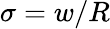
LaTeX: \sigma=w/R